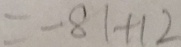
= - 8 1 + 1 2